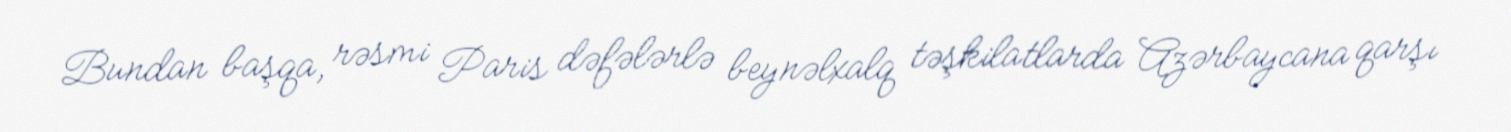
Bundan başqa, rəsmi Paris dəfələrlə beynəlxalq təşkilatlarda Azərbaycana qarşı